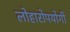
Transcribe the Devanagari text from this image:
लोहारोपयोगी